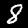
Label: 8